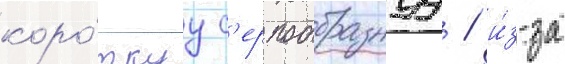
коро́ткуу с'ерпообразнуу / и́з-за